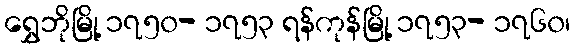
ရွှေဘိုမြို့ ၁၇၅၀- ၁၇၅၃ ရန်ကုန်မြို့ ၁၇၅၃- ၁၇၆၀၊